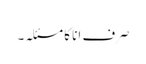
صرف انا کا مسئلہ۔